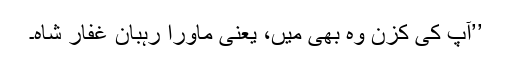
’’آپ کی کزن وہ بھی میں، یعنی ماورا رہبان غفار شاہ۔